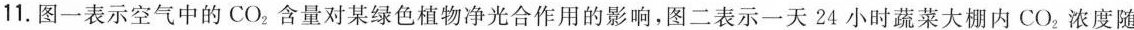
11.图一表示空气中的CO_{2}含量对某绿色植物净光合作用的影响，图二表示一天24小时蔬菜大棚内CO_{2}浓度随